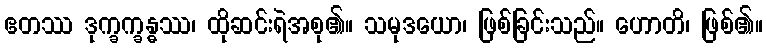
ဧတဿ ဒုက္ခက္ခန္ဓဿ၊ ထိုဆင်းရဲအစု၏။ သမုဒယော၊ ဖြစ်ခြင်းသည်။ ဟောတိ၊ ဖြစ်၏။